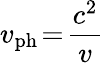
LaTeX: v_{\mathrm{ph}}\! =\! \frac{c^{2}}{v}